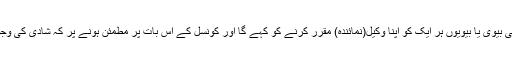
مدعی کی درخواست وصول ہونے پر چیئر مین اس کی پہلی بیوی یا بیویوں ہر ایک کو اپنا وکیل(نمائندہ) مقرر کرنے کو کہے گا اور کونسل کے اس بات پر مطمئن ہونے پر کہ شادی کی وجوہات جائز ہیں ، مدعی کو شادی کی اجازت دے دے گی ۔